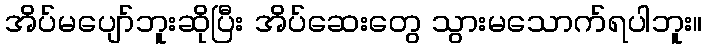
အိပ်မပျော်ဘူးဆိုပြီး အိပ်ဆေးတွေ သွားမသောက်ရပါဘူး။